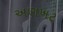
અણખટ